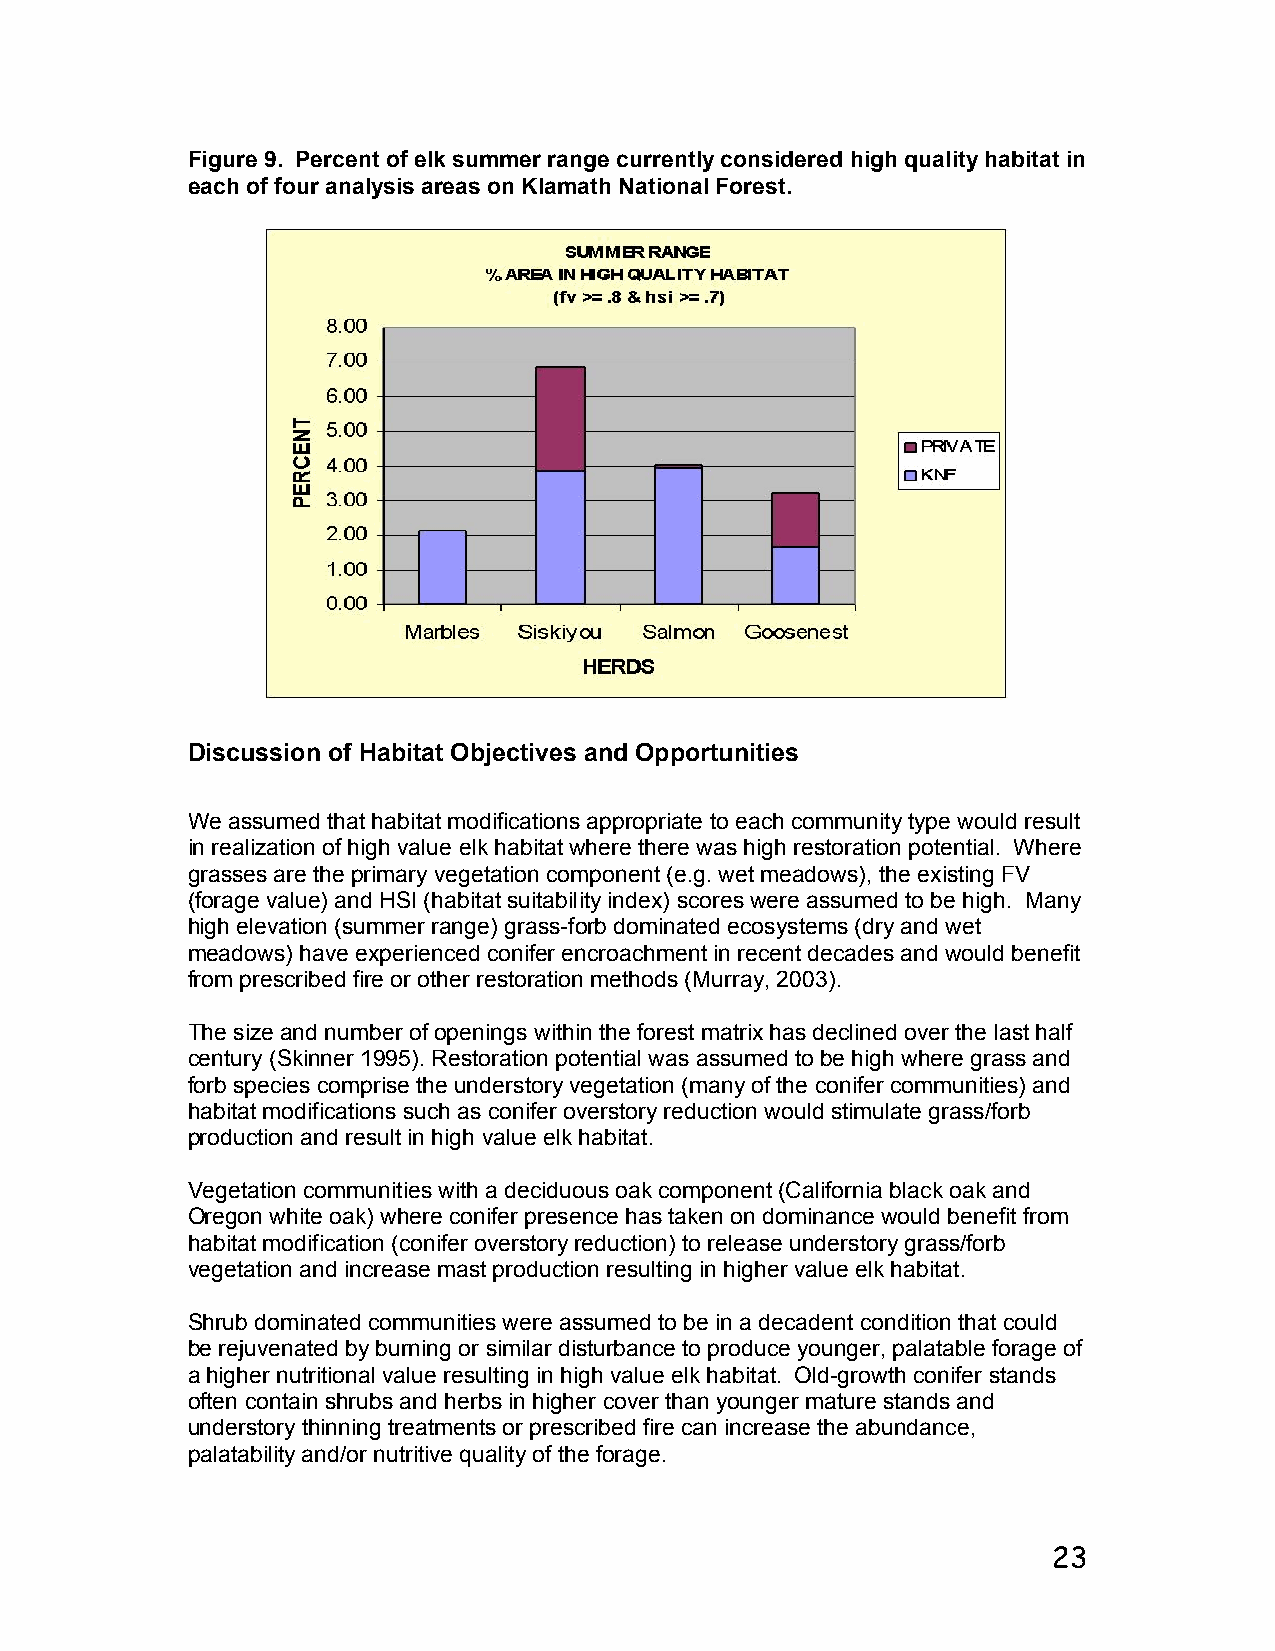
Figure 9. Percent of elk summer range currently considered high quality habitat in
 each of four analysis areas on Klamath National Forest.
 Discussion of Habitat Objectives and Opportunities
 We assumed that habitat modifications appropriate to each community type would result
 in realization of high value elk habitat where there was high restoration potential. Where
 grasses are the primary vegetation component (e.g. wet meadows), the existing FV
 (forage value) and HSI (habitat suitability index) scores were assumed to be high. Many
 high elevation (summer range) grass-forb dominated ecosystems (dry and wet
 meadows) have experienced conifer encroachment in recent decades and would benefit
 from prescribed fire or other restoration methods (Murray, 2003).
 The size and number of openings within the forest matrix has declined over the last half
 century (Skinner 1995). Restoration potential was assumed to be high where grass and
 forb species comprise the understory vegetation (many of the conifer communities) and
 habitat modifications such as conifer overstory reduction would stimulate grass/forb
 production and result in high value elk habitat.
 Vegetation communities with a deciduous oak component (California black oak and
 Oregon white oak) where conifer presence has taken on dominance would benefit from
 habitat modification (conifer overstory reduction) to release understory grass/forb
 vegetation and increase mast production resulting in higher value elk habitat.
 Shrub dominated communities were assumed to be in a decadent condition that could
 be rejuvenated by burning or similar disturbance to produce younger, palatable forage of
 a higher nutritional value resulting in high value elk habitat. Old-growth conifer stands
 often contain shrubs and herbs in higher cover than younger mature stands and
 understory thinning treatments or prescribed fire can increase the abundance,
 palatability and/or nutritive quality of the forage.
 23